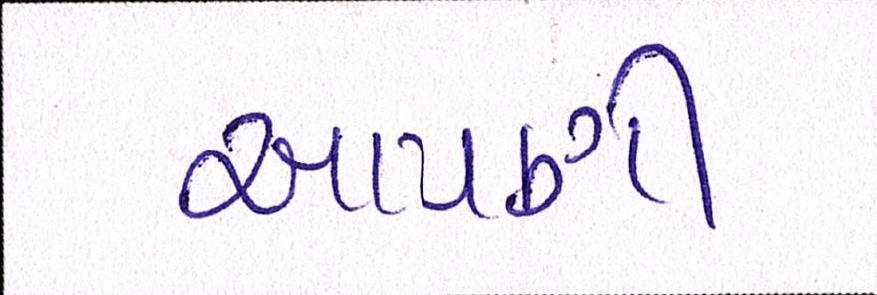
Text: આપણી